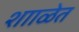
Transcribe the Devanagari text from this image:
शााळेत